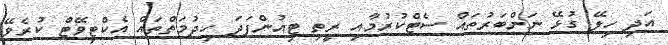
އަދި ހިލޭ ގުޅޭ ނަންބަރުތައް ސެޓްކުރުމާއި ރީތި ޓިއުންފަދަ ހިދުމަތްތައް އެކްޓިވޭޓް ކުރެވޭ